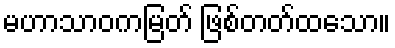
မဟာသာဝကမြတ် ဖြစ်တတ်ထသော။